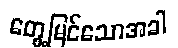
တွေ့မြင်သောအခါ